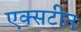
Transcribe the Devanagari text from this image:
एक्सटीन